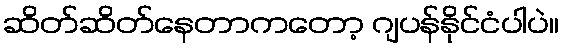
ဆိတ်ဆိတ်နေတာကတော့ ဂျပန်နိုင်ငံပါပဲ။